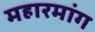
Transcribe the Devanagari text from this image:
महारमांग